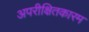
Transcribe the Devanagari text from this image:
अपरीक्षितकारम